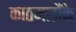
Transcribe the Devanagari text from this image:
काठमाडौंके